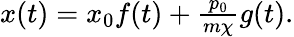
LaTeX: \begin{array}{r}{x(t)=x_{0}f(t)+\frac{p_{0}}{m\chi}g(t).}\end{array}